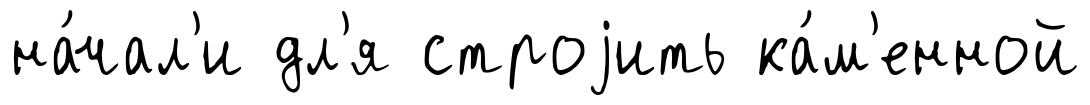
на́чал'и дл'я строjить ка́м'енной